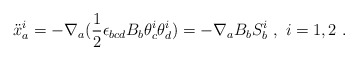
\begin{align*}{\ddot{x}}_{a}^{i} = - \nabla_{a} (\frac{1}{2} \epsilon_{bcd} B_{b}\theta_{c}^{i} \theta_{d}^{i}) = -\nabla_{a}B_{b}S_{b}^{i} \ , \ i=1,2\ .\end{align*}